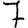
Digit: 7